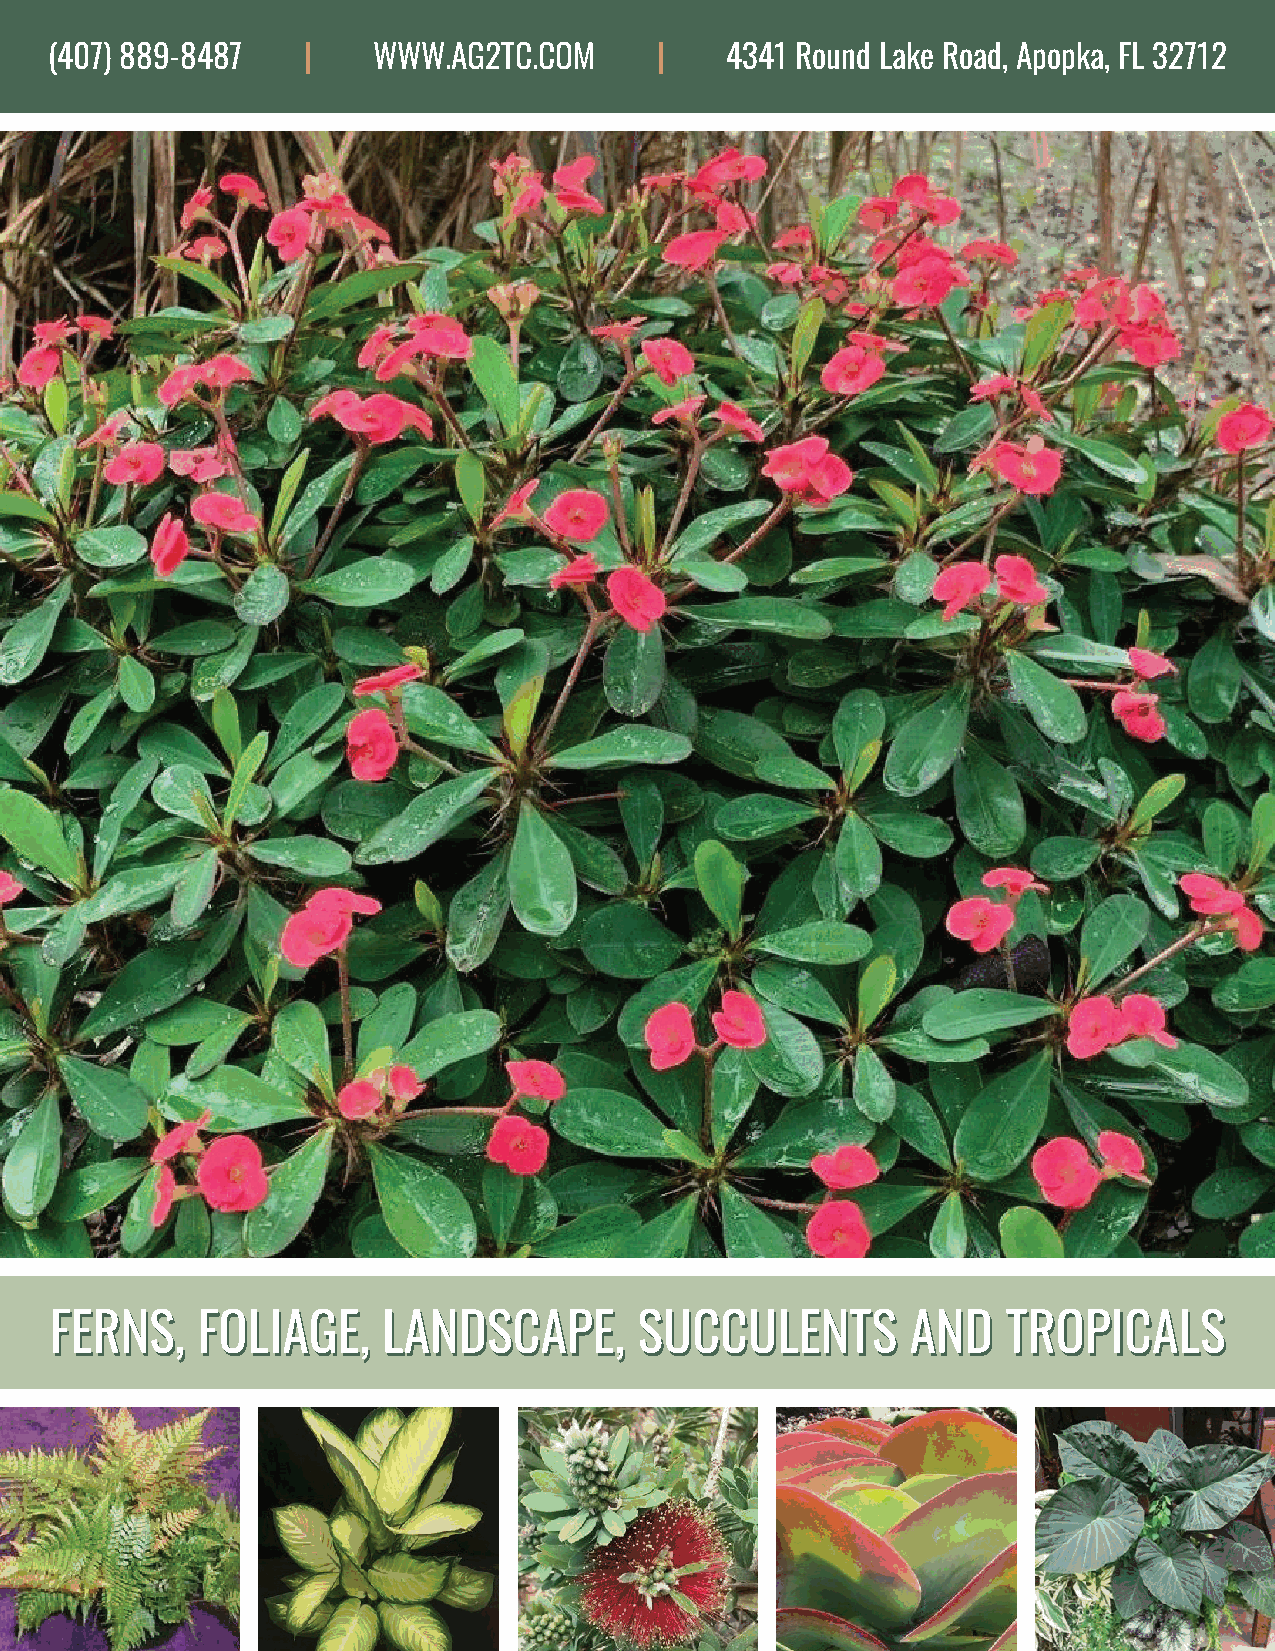
(407) 889-8487   |    WWW.AG2TC.COM      |   4341 Round Lake Road, Apopka, FL 32712
 FFEERRNNSS,, FFOOLLIIAAGGEE,, LLAANNDDSSCCAAPPEE,, SSUUCCCCUULLEENNTTSS AANNDD TTRROOPPIICCAALLSS